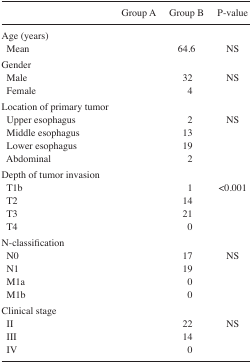
<table><thead><tr><td>[EMPTY_CELL]</td><td><b>Group A</b></td><td><b>Group B</b></td><td><b>P-value</b></td></tr></thead><tbody><tr><td>Age (years)</td><td>[EMPTY_CELL]</td><td>[EMPTY_CELL]</td><td>[EMPTY_CELL]</td></tr><tr><td>Mean</td><td>[EMPTY_CELL]</td><td>64.6</td><td>NS</td></tr><tr><td>Gender</td><td>[EMPTY_CELL]</td><td>[EMPTY_CELL]</td><td>[EMPTY_CELL]</td></tr><tr><td>Male</td><td>[EMPTY_CELL]</td><td>32</td><td>NS</td></tr><tr><td>Female</td><td>[EMPTY_CELL]</td><td>4</td><td>[EMPTY_CELL]</td></tr><tr><td>Location of primary tumor</td><td>[EMPTY_CELL]</td><td>[EMPTY_CELL]</td><td>[EMPTY_CELL]</td></tr><tr><td>Upper esophagus</td><td>[EMPTY_CELL]</td><td>2</td><td>NS</td></tr><tr><td>Middle esophagus</td><td>[EMPTY_CELL]</td><td>13</td><td>[EMPTY_CELL]</td></tr><tr><td>Lower esophagus</td><td>[EMPTY_CELL]</td><td>19</td><td>[EMPTY_CELL]</td></tr><tr><td>Abdominal</td><td>[EMPTY_CELL]</td><td>2</td><td>[EMPTY_CELL]</td></tr><tr><td>Depth of tumor invasion</td><td>[EMPTY_CELL]</td><td>[EMPTY_CELL]</td><td>[EMPTY_CELL]</td></tr><tr><td>T1b</td><td>[EMPTY_CELL]</td><td>1</td><td>&lt;0.001</td></tr><tr><td>T2</td><td>[EMPTY_CELL]</td><td>14</td><td>[EMPTY_CELL]</td></tr><tr><td>T3</td><td>[EMPTY_CELL]</td><td>21</td><td>[EMPTY_CELL]</td></tr><tr><td>T4</td><td>[EMPTY_CELL]</td><td>0</td><td>[EMPTY_CELL]</td></tr><tr><td>N-classification</td><td>[EMPTY_CELL]</td><td>[EMPTY_CELL]</td><td>[EMPTY_CELL]</td></tr><tr><td>N0</td><td>[EMPTY_CELL]</td><td>17</td><td>NS</td></tr><tr><td>N1</td><td>[EMPTY_CELL]</td><td>19</td><td>[EMPTY_CELL]</td></tr><tr><td>M1a</td><td>[EMPTY_CELL]</td><td>0</td><td>[EMPTY_CELL]</td></tr><tr><td>M1b</td><td>[EMPTY_CELL]</td><td>0</td><td>[EMPTY_CELL]</td></tr><tr><td>Clinical stage</td><td>[EMPTY_CELL]</td><td>[EMPTY_CELL]</td><td>[EMPTY_CELL]</td></tr><tr><td>II</td><td>[EMPTY_CELL]</td><td>22</td><td>NS</td></tr><tr><td>III</td><td>[EMPTY_CELL]</td><td>14</td><td>[EMPTY_CELL]</td></tr><tr><td>IV</td><td>[EMPTY_CELL]</td><td>0</td><td>[EMPTY_CELL]</td></tr></tbody></table>